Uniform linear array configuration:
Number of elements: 48
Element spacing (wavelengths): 0.5
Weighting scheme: hann
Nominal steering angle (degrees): -45
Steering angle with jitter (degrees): -43.989
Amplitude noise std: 0.05
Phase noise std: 0.05

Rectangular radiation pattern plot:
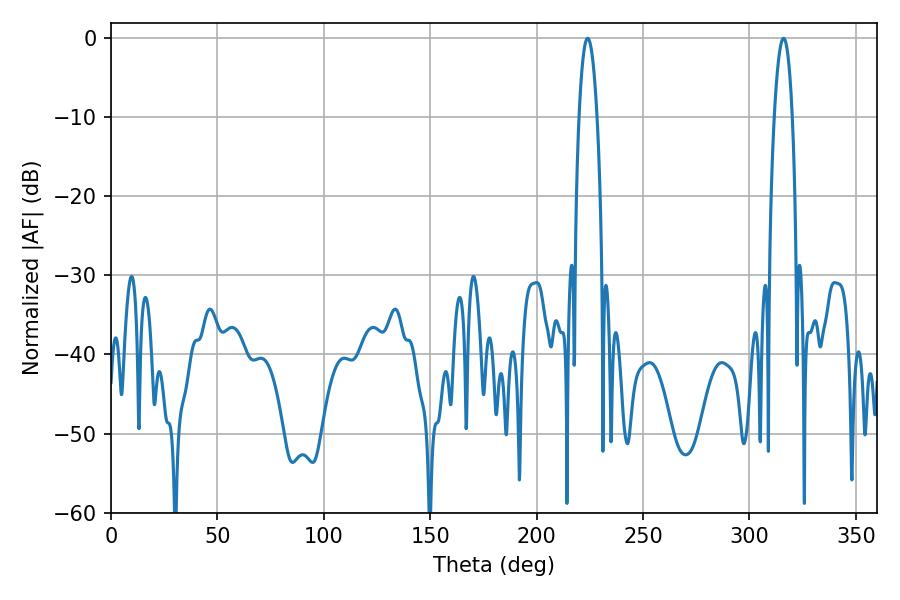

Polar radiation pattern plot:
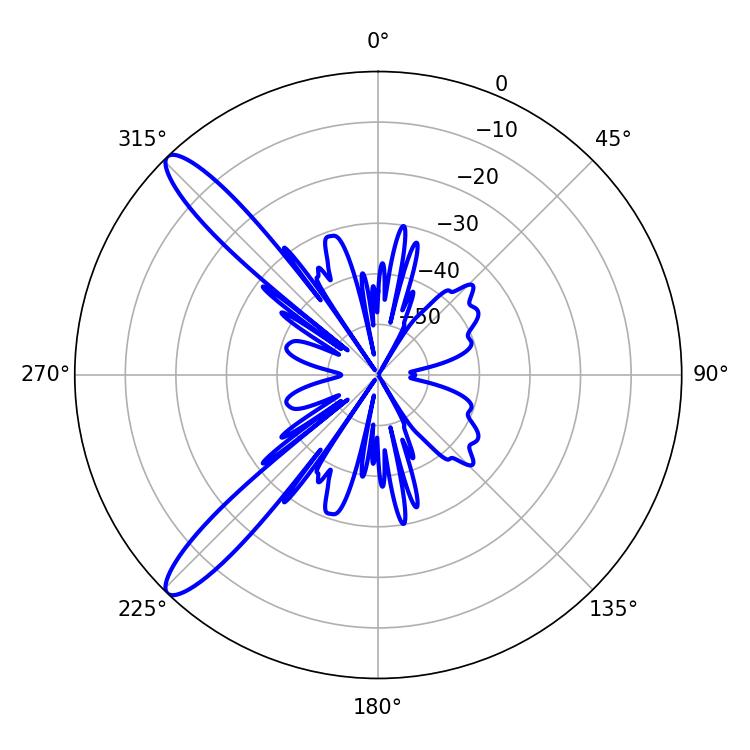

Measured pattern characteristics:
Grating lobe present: FALSE
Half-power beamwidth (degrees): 4.68
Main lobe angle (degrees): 223.92